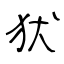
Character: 犾